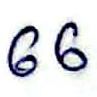
66